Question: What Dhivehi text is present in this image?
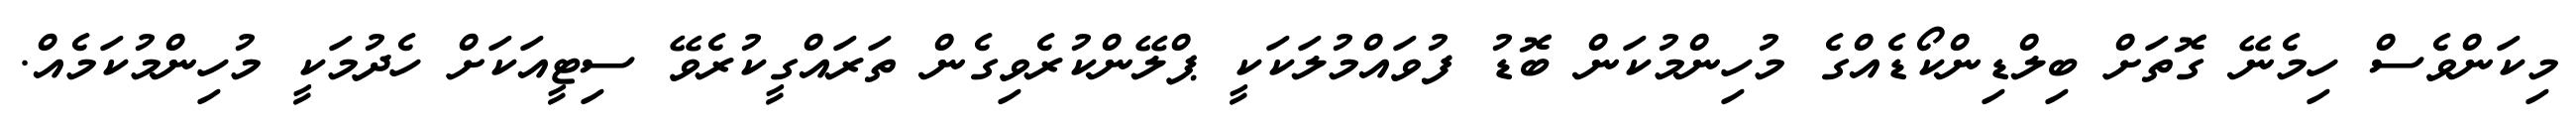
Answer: މިކަންވެސް ހިމެނޭ ގޮތަށް ބިލްޑިންކޯޑެއްގެ މުހިންމުކަން ބޮޑު ފުވައްމުލަކަކީ ޕްލޭންކުރެވިގެން ތަރައްގީކުރެވޭ ސިޓީއަކަށް ހެދުމަކީ މުހިންމުކަމެއް.